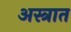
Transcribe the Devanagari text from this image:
अस्त्रात